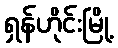
ရှန်ဟိုင်းမြို့